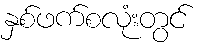
နှစ်ဖက်စလုံးတွင်